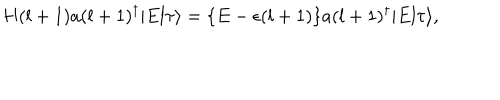
H ( l + 1 ) a ( l + 1 ) ^ { \dagger } | E l \tau \rangle = \{ E - \epsilon ( l + 1 ) \} a ( l + 1 ) ^ { \dagger } | E l \tau \rangle ,